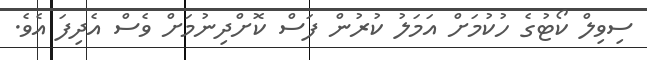
ސިވިލް ކޯޓުގެ ހުކުމަށް އަމަލު ކުރުން ފަސް ކޮށްދިނުމަށް ވެސް އެދިފަ އެވެ.